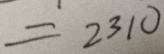
= 2 3 1 0